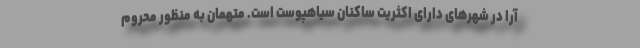
آرا در شهرهای دارای اکثریت ساکنان سیاهپوست است. متهمان به منظور محروم